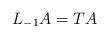
LaTeX: \begin{align*}L_{-1}A=T A\end{align*}